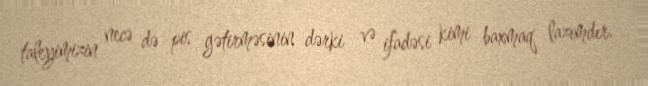
taleyimizin necə də pis gətirməsinin dərki və ifadəsi kimi baxmaq lazımdır.